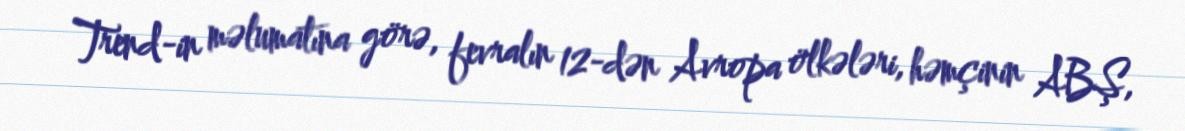
Trend-in məlumatına görə, fevralın 12-dən Avropa ölkələri, həmçinin ABŞ,